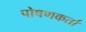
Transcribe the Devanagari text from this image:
पोषणकर्ता